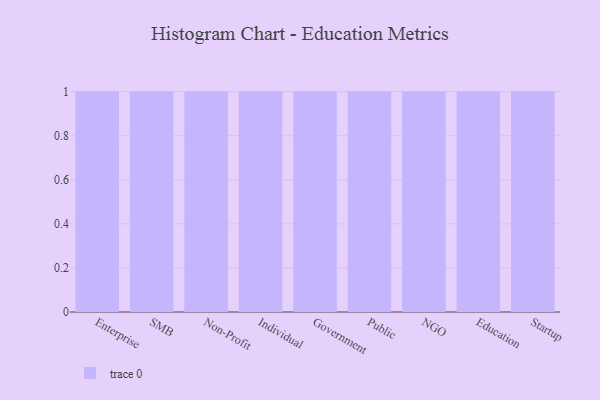
{"axis": {"x": "Segment", "y": "Satisfaction Score"}, "legend": [""], "data": [{"x": "Enterprise", "y": 15, "type": ""}, {"x": "SMB", "y": 25, "type": ""}, {"x": "Non-Profit", "y": 97, "type": ""}, {"x": "Individual", "y": 13, "type": ""}, {"x": "Government", "y": 35, "type": ""}, {"x": "Public", "y": 68, "type": ""}, {"x": "NGO", "y": 89, "type": ""}, {"x": "Education", "y": 45, "type": ""}, {"x": "Startup", "y": 35, "type": ""}]}